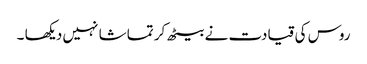
روس کی قیادت نے بیٹھ کر تماشا نہیں دیکھا ۔